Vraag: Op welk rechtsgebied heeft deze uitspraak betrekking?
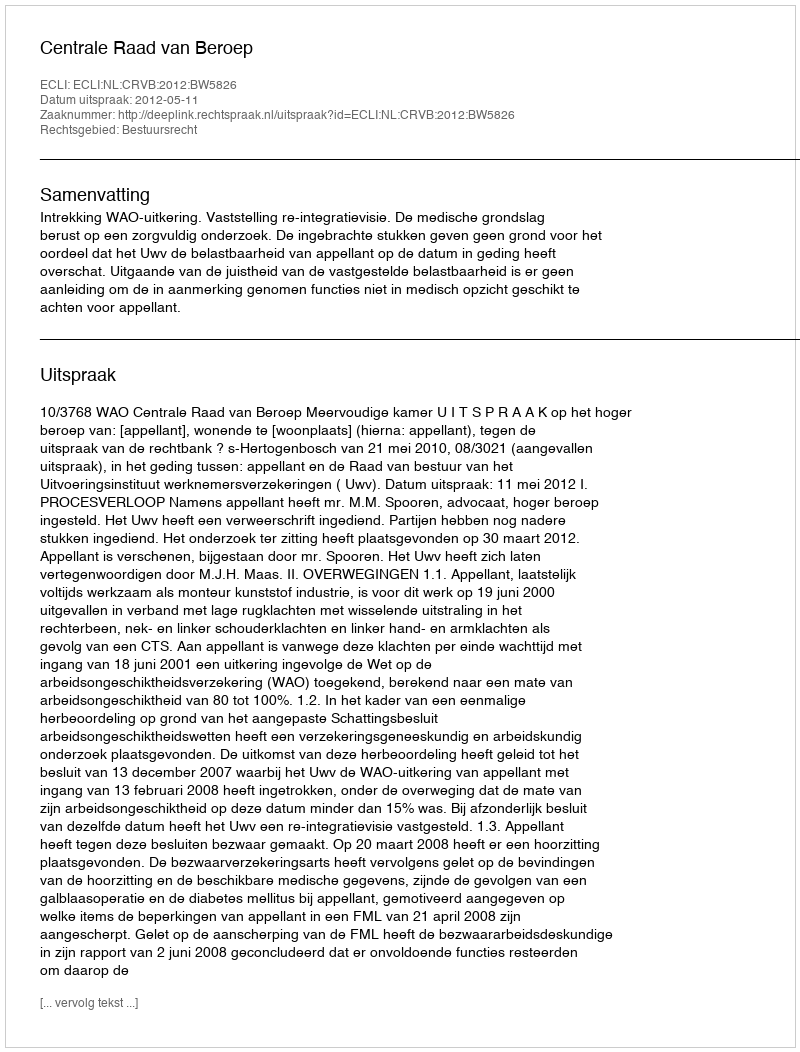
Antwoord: Bestuursrecht